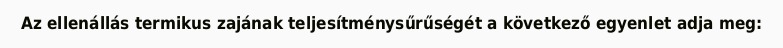
Az ellenállás termikus zajának teljesítménysűrűségét a következő egyenlet adja meg: